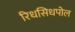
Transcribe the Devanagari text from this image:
रिधसिधपोल